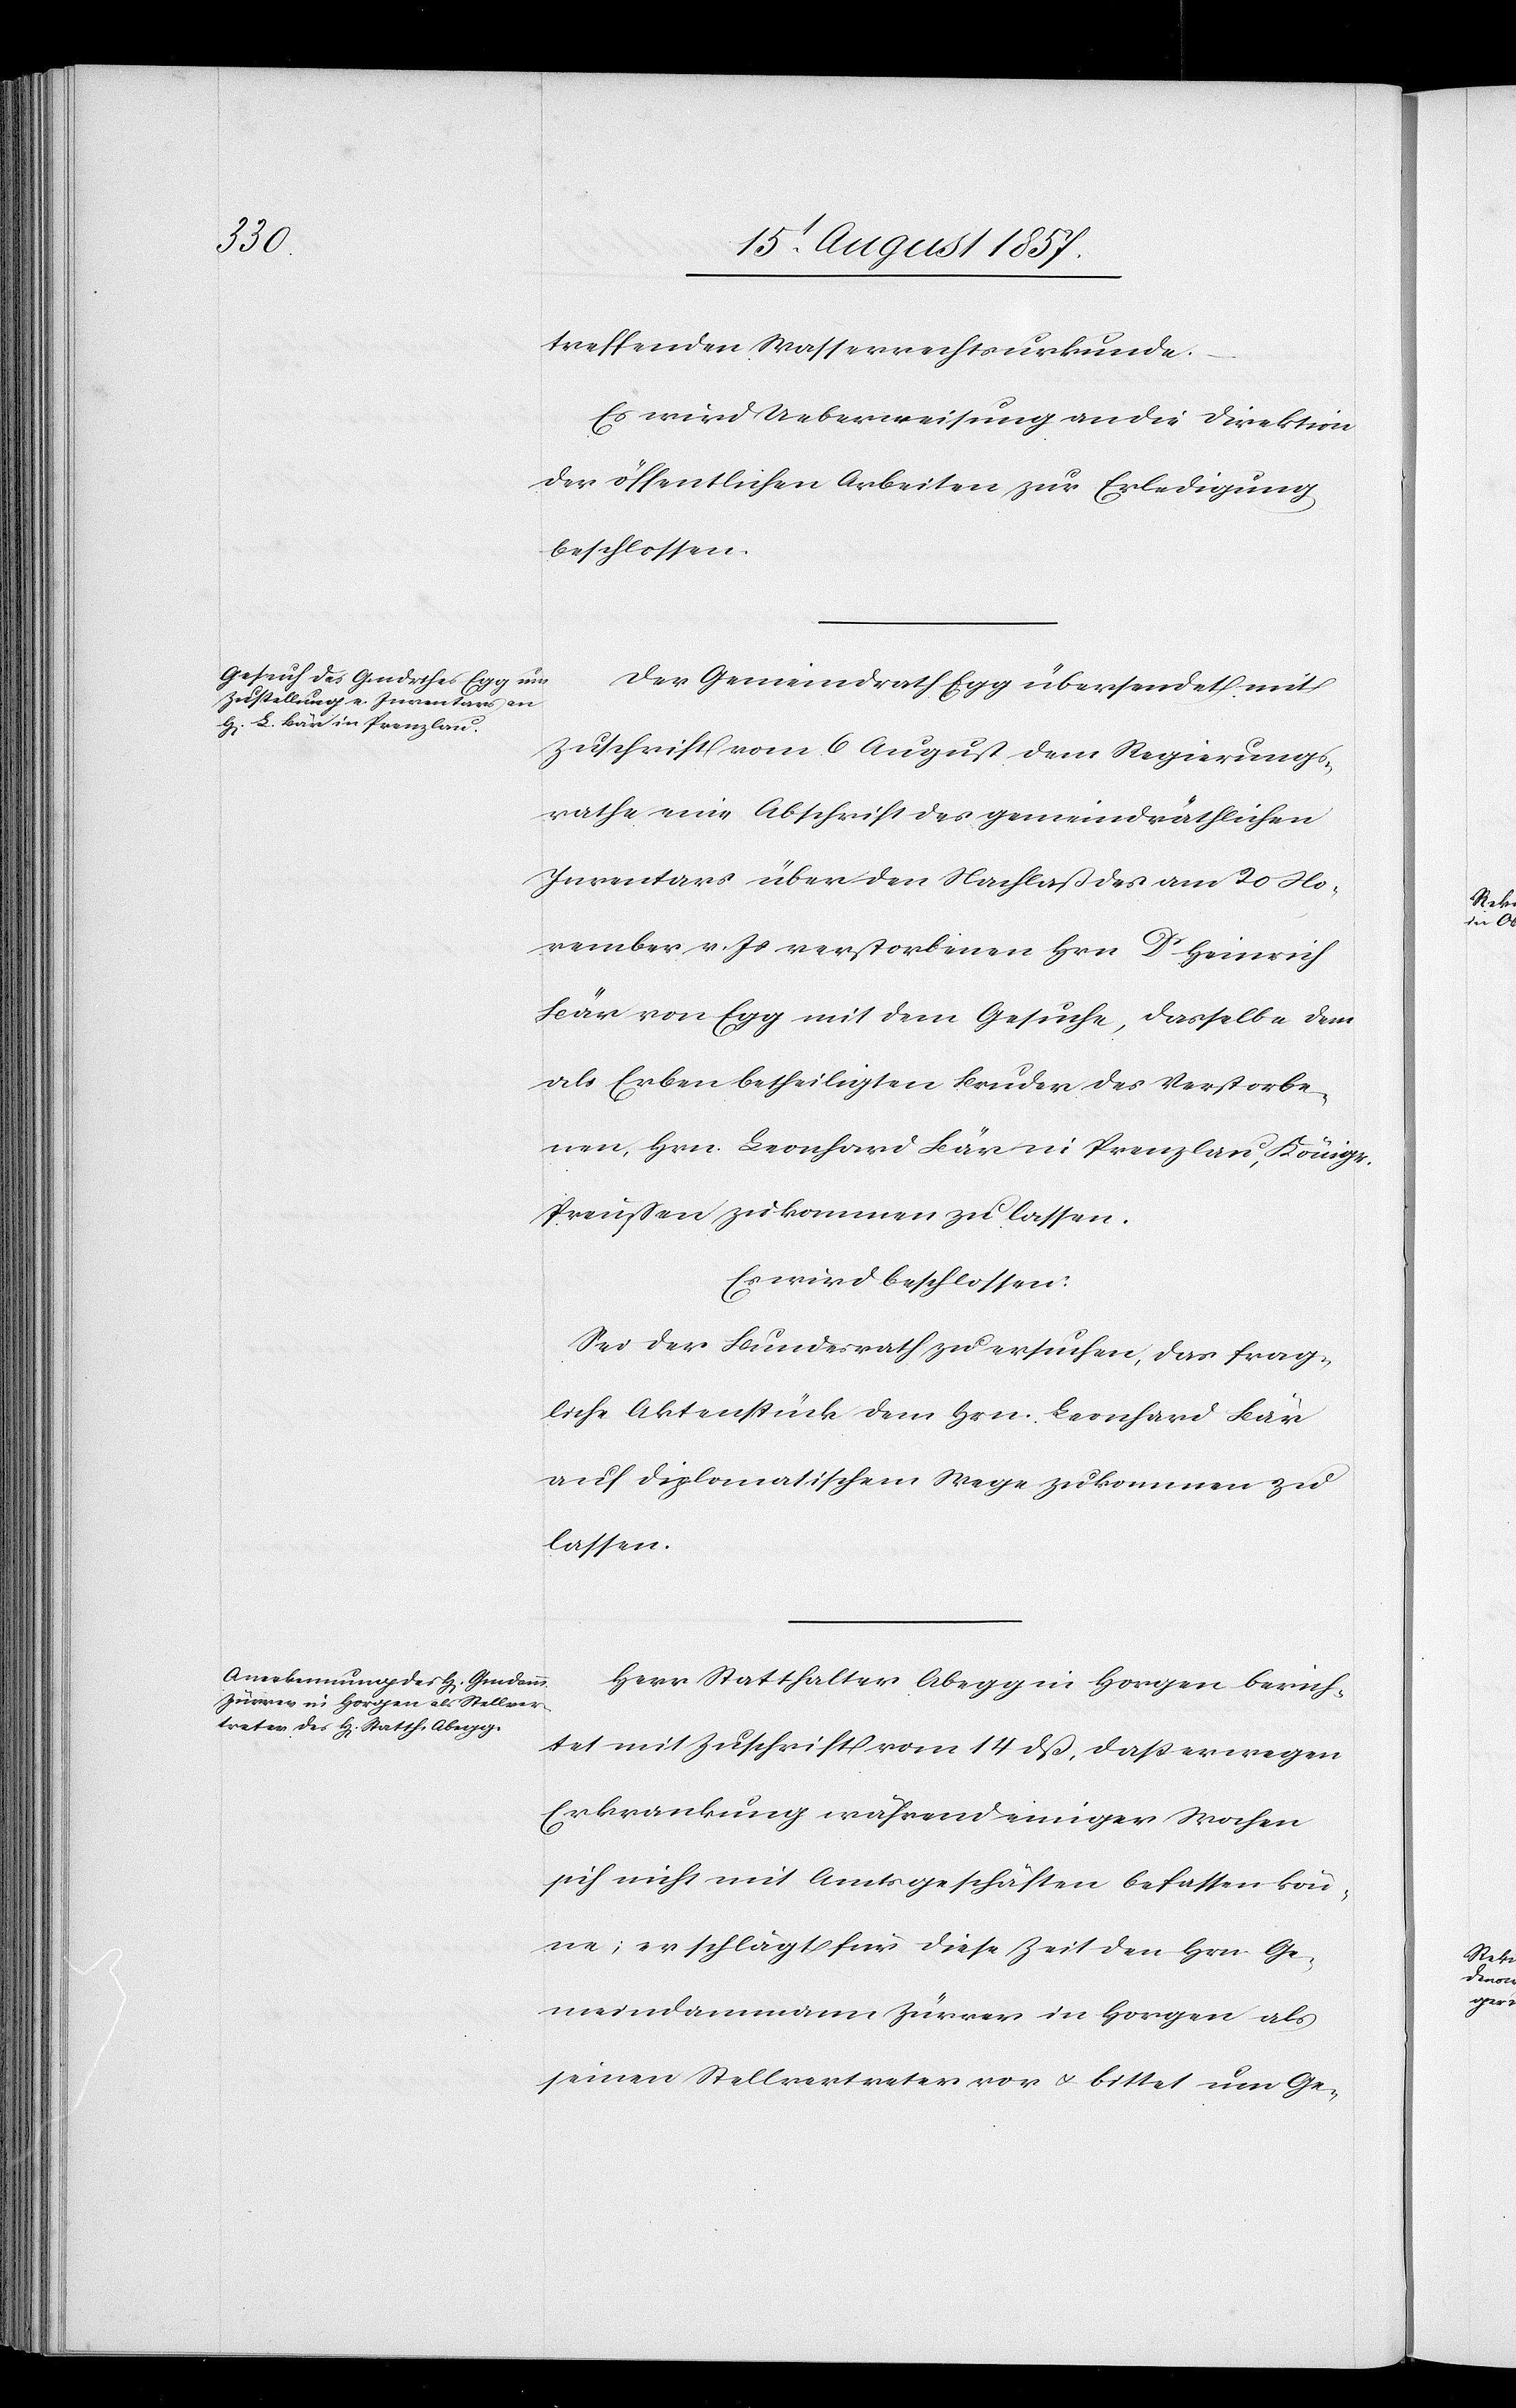
treffenden Wasserrechtsurkunde.
Es wird Ueberweisung an die Direktion
der öffentlichen Arbeiten zur Erledigung
beschlossen.
Der Gemeindrath Egg übersendet mit
Zuschrift vom 6 August dem Regierungs¬
rathe eine Abschrift des gemeindräthlichen
Inventars über den Nachlaß des am 20 No¬
vember v. Js. verstorbenen Hrn. Dr Heinrich
Bär von Egg mit dem Gesuche, dasselbe dem
als Erben betheiligten Bruder des Verstorbe¬
nen, Hrn. Leonhard Bär in Prenzlau, Königr.
Preußen zukommen zu lassen.
Es wird beschlossen:
Sei der Bundesrath zu ersuchen, das frag¬
liche Aktenstück dem Hrn. Leonhard Bär
auf diplomatischem Wege zukommen zu
lassen.
Herr Statthalter Abegg in Horgen berich¬
tet mit Zuschrift vom 14 dß, daß er wegen
Erkrankung während einiger Wochen
sich nicht mit Amtsgeschäften befassen kön¬
ne; er schlägt für diese Zeit den Hrn. Ge¬
meindammann Zürrer in Horgen als
seinen Stellvertreter vor & bittet um Ge-